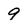
Character: 9